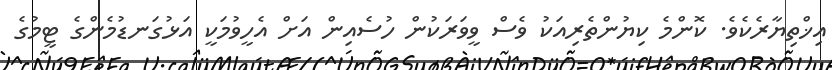
އިޚްތިޔާރެކެވެ. ކޮންމެ ކިޔުންތެރިއަކު ވެސް ވީވަރަކުން ހުސެއިން އަށް އެހީވުމަކީ އަޅުގަނޑުމެންގެ ޓީމުގެ